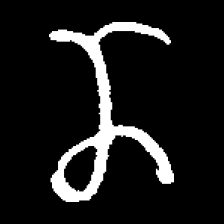
Pyu character \u2014 Myanmar letter: ဏ (romanized: nna)